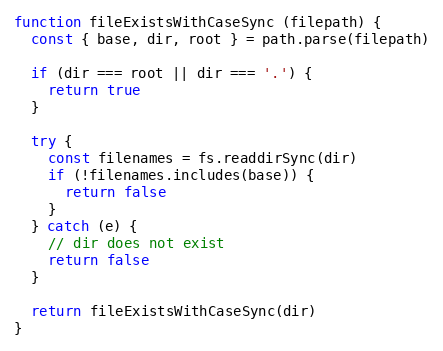
Language: JavaScript
function fileExistsWithCaseSync (filepath) {
  const { base, dir, root } = path.parse(filepath)

  if (dir === root || dir === '.') {
    return true
  }

  try {
    const filenames = fs.readdirSync(dir)
    if (!filenames.includes(base)) {
      return false
    }
  } catch (e) {
    // dir does not exist
    return false
  }

  return fileExistsWithCaseSync(dir)
}